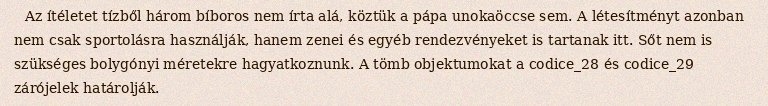
Az ítéletet tízből három bíboros nem írta alá, köztük a pápa unokaöccse sem. A létesítményt azonban nem csak sportolásra használják, hanem zenei és egyéb rendezvényeket is tartanak itt. Sőt nem is szükséges bolygónyi méretekre hagyatkoznunk. A tömb objektumokat a codice_28 és codice_29 zárójelek határolják.